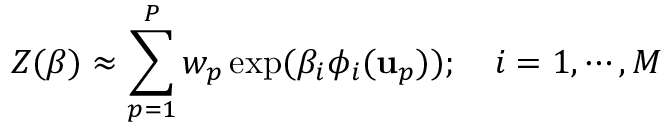
Z ( \boldsymbol { \beta } ) \approx \sum _ { p = 1 } ^ { P } w _ { p } \exp ( \beta _ { i } \phi _ { i } ( \mathbf { u } _ { p } ) ) ; \quad i = 1 , \cdots , M